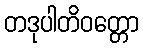
တဒုပါတိဝတ္တော